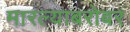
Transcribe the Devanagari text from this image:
मारल्याबरोबर